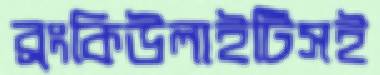
ব্রংকিউলাইটিসই